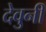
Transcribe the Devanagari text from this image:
देवुनी